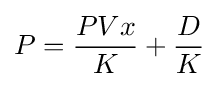
P={\frac {PVx}{K}}+{\frac {D}{K}}